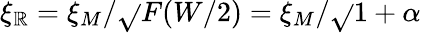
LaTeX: \xi_{\mathbb{R}}=\xi_{M}/\sqrt{}{{F(W/2)}}=\xi_{M}/\sqrt{}{{1+\alpha}}